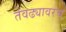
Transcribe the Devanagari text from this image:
तेवढ्यावरच